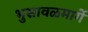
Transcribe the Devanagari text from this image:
भुसावळमार्गे